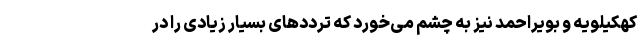
کهکیلویه و بویراحمد نیز به چشم می‌خورد که ترددهای بسیار زیادی را در